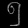
Digit: ၅